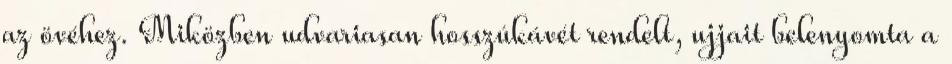
az övéhez. Miközben udvariasan hosszúkávét rendelt, ujjait belenyomta a